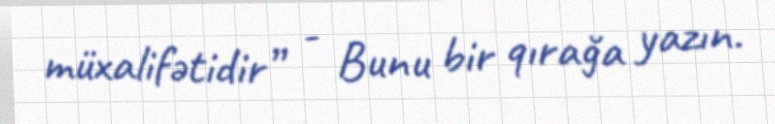
müxalifətidir” - Bunu bir qırağa yazın.